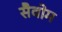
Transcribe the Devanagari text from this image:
सैवोम